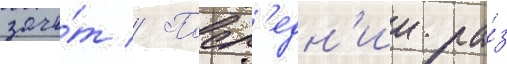
зачё́т // Посл'едн'ии ра́з